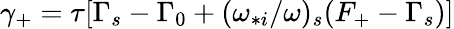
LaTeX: \gamma_{+}=\tau[\Gamma_{s}-\Gamma_{0}+(\omega_{*i}/\omega)_{s}(F_{+}-\Gamma_{s})]